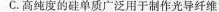
C.高纯度的硅单质广泛用于制作光导纤维